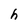
Character: h